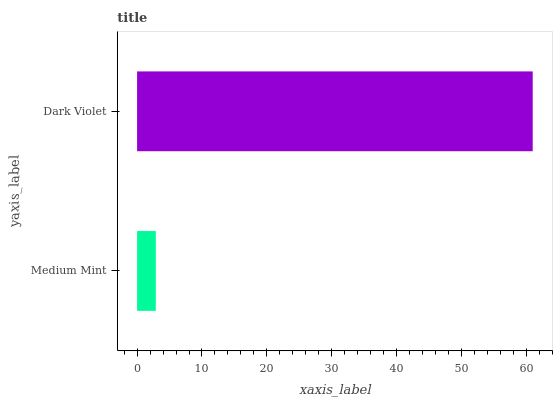
| yaxis_label | bars |
 | --- | --- |
 | Medium Mint | 2.88 |
 | Dark Violet | 61 |